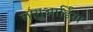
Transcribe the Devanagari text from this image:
लागुआर्डिया